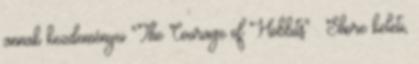
annak kezdeményei "The Courage of Hobbits" . Shore keleti,